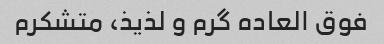
فوق العاده گرم و لذیذ، متشکرم